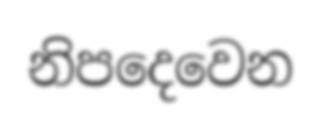
නිපදෙවෙන